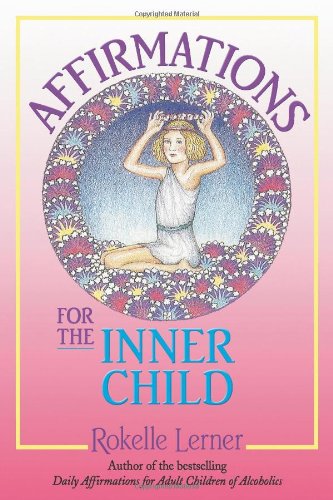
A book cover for Affirmations for the Inner Child; Rokelle Lerner; Religion & Spirituality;